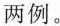
两例。